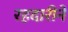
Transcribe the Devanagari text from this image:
रहदारीने